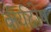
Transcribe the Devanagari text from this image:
वीर्यदोष